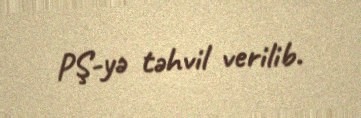
PŞ-yə təhvil verilib.